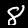
Digit: 8